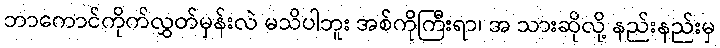
ဘာကောင်ကိုက်လွှတ်မှန်းလဲ မသိပါဘူး အစ်ကိုကြီးရာ၊ အ သားဆိုလို့ နည်းနည်းမှ